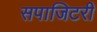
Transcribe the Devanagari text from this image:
सपाजिटरी